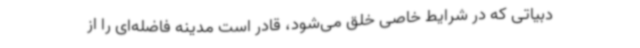
دبیاتی که در شرایط خاصی خلق می‌شود، قادر است مدینه فاضله‌ای را از